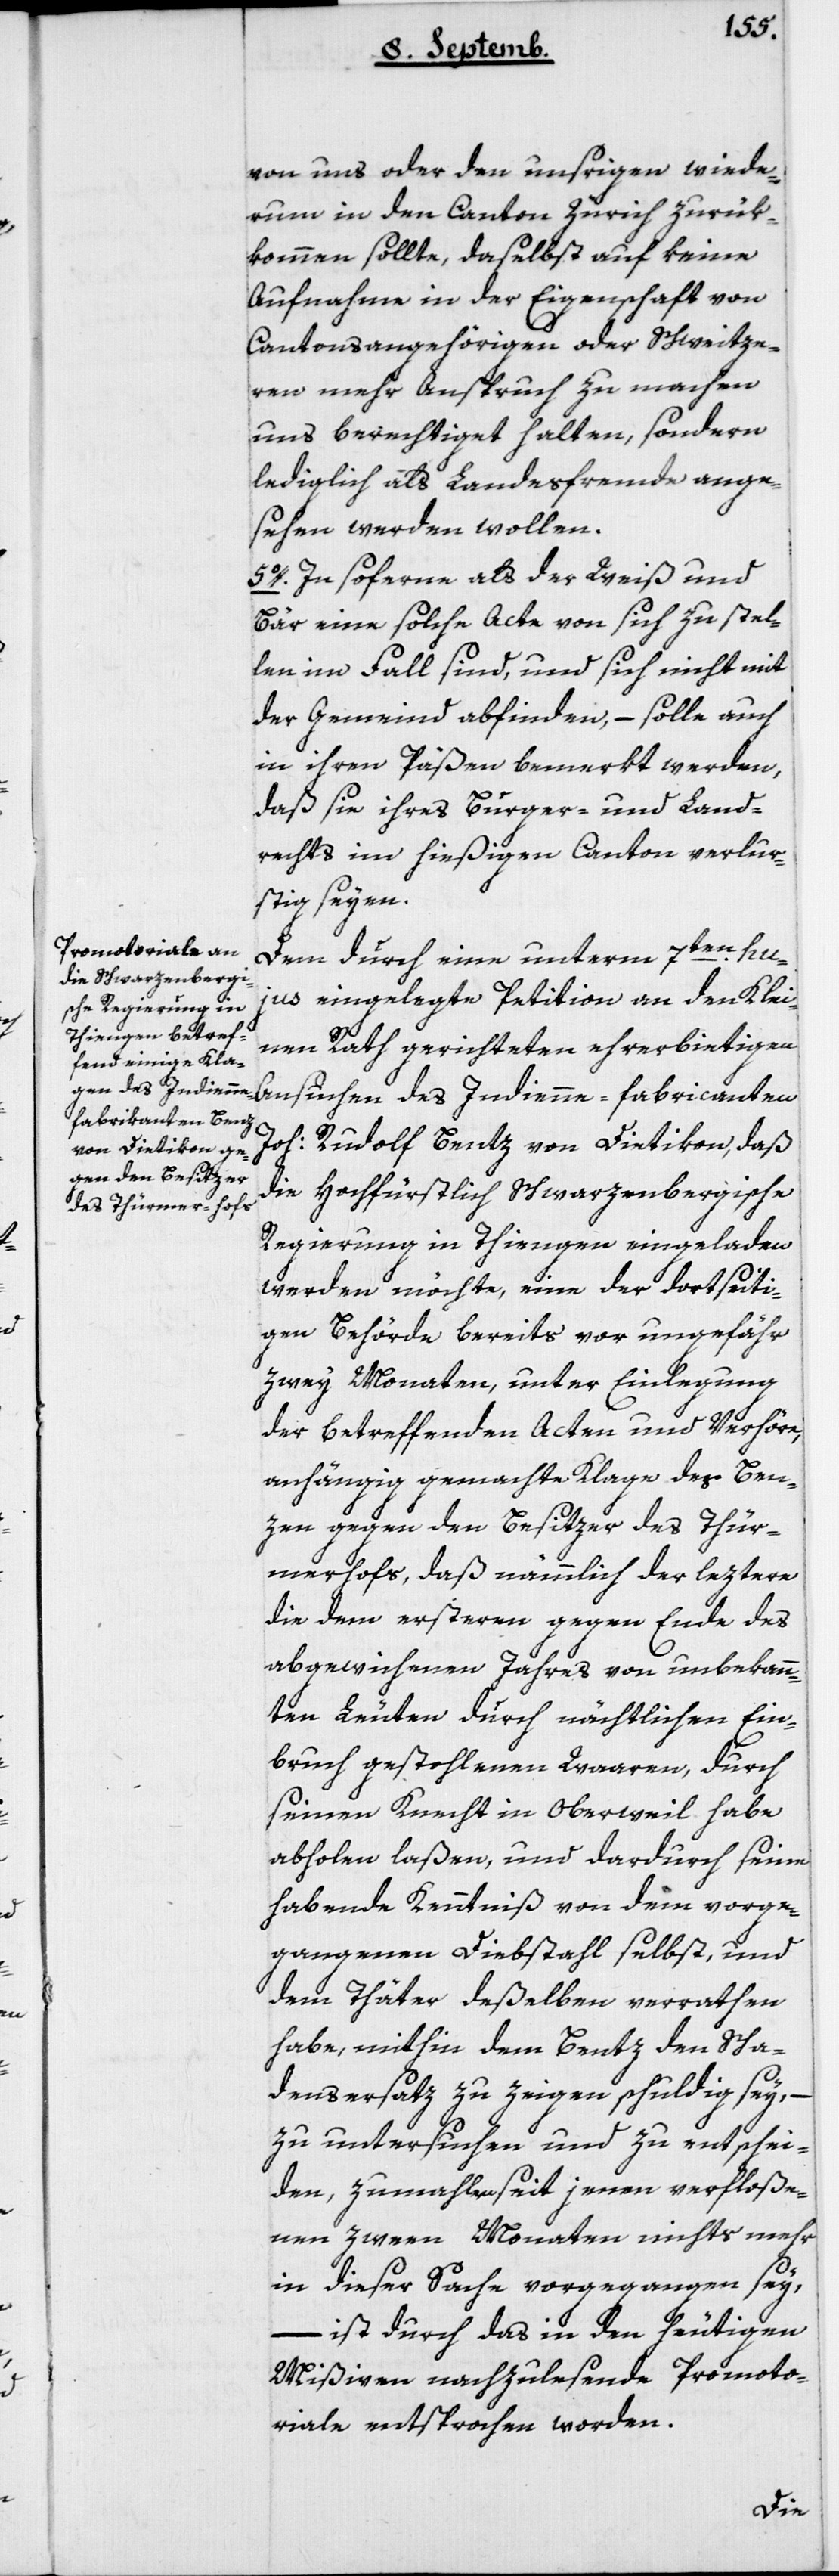
von uns oder den Unsrigen wiede¬
rum in den Canton Zürich zurük¬
kommen sollte, daselbst auf keine
Aufnahme in der Eigenschaft von
Cantonsangehörigen oder Schweize¬
ren mehr Anspruch zu machen
uns berechtiget halten, sondern
lediglich als Landesfremde ange¬
sehen werden wollen.
5. In soferne als der Weiß und
Bär eine solche Acte von sich zu stel¬
len im Fall sind, und sich nicht mit
der Gemeind abfinden, – solle auch
in ihren Päßen bemerkt werden,
daß sie ihres Burger- und Land¬
rechts im hießigen Canton verlu¬
stig seyen.
Dem durch eine unterm 7ten hu¬
jus eingelegte Petition an den Klei¬
nen Rath gerichteten ehrerbietigen
Joh. Rudolf Benz von Dietikon, daß
die Hochfürstlich Schwarzenbergische
Regierung in Thiengen eingeladen
werden möchte, eine der dortseiti¬
gen Behörde bereits vor ungefähr
zwey Monaten, unter Einlegung
der betreffenden Acten und Verhöre,
anhängig gemachte Klage des Ben¬
zen gegen den Besizer des Thür¬
merhofs, daß nämmlich der leztere
die dem ersteren gegen Ende des
abgewichenen Jahres von unbekann¬
ten Leuten durch nächtlichen Ein¬
bruch gestohlenen Waaren, durch
seinen Knecht in Oberwil habe
abholen laßen, und dardurch seine
habende Kenntniß von dem vorge¬
gangenen Diebstahl selbst, und
dem Täter deßelben verrathen
habe, mithin dem Bentz den Scha¬
densersaz zu zeigen schuldig sey,
zu untersuchen und zu entschei¬
den, zumahlen seit jenen verfloße¬
nen zween Monaten nichts mehr
in dieser Sache vorgegangen sey,
ist durch das in den heutigen
Mißiven nachzulesende Promoto¬
riale entsprochen worden.